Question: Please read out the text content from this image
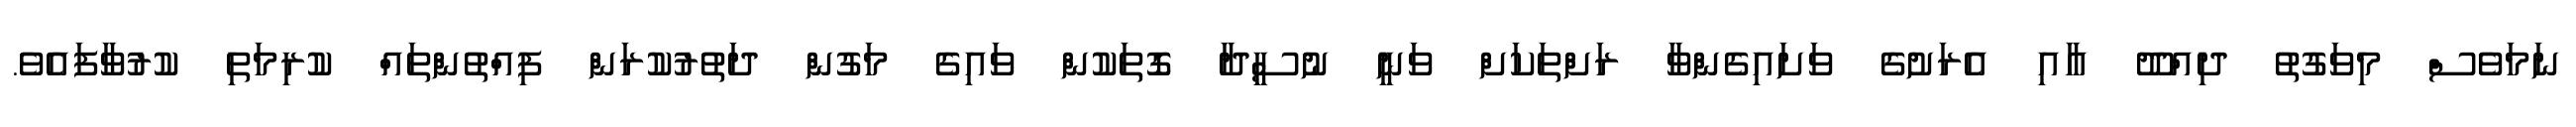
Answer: ނަމަވެސް މިވަގުތު ދިއްދޫ އާއި އެރަށުގެ ވަށައިގެންވާ ރަށްތަކަށް ވަނީ ނުސީދާ ގޮތަކުން ވައިގެ މަގުން ދަތުރުކުރަން ފިއްތުންތައް ކުރިމަތި ކުރުވާފައެވެ.